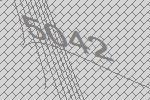
5042